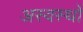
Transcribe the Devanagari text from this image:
अस्वस्थों